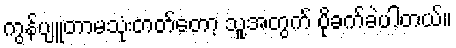
ကွန်ပျူတာမသုံးတတ်တော့ သူ့အတွက် ပိုခက်ခဲပါတယ်။